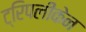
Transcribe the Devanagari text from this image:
ट्रिपलीकेन